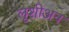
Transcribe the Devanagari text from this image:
लूशीअन